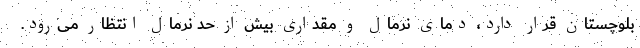
بلوچستان قرار دارد، دمای نرمال و مقداری بیش از حد نرمال انتظار می‌رود.